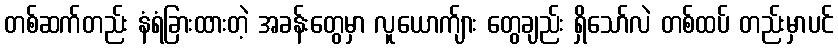
တစ်ဆက်တည်း နံရံခြားထားတဲ့ အခန်းတွေမှာ လူယောက်ျား တွေချည်း ရှိသော်လဲ တစ်ထပ် တည်းမှာပင်